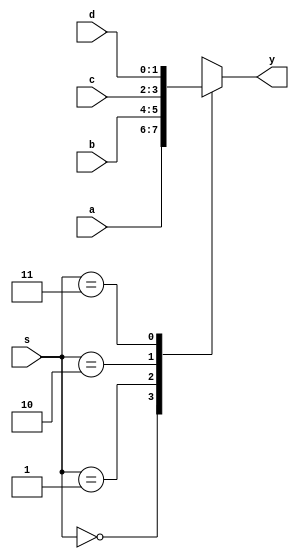
module lab01(a,b,c,d,s,y);
		input [1:0]a;//2
		input [1:0]b;//2
		input [1:0]c;//2
		input [1:0]d;//2
		input	[1:0]s;//2
		output reg[1:0]y;//

		
		always @ (a or b or c or d or s)
		case (s)
		0:y=a;
		1:y=b;
		2:y=c;
		3:y=d;
		default: y=2'b00;
		endcase
		
endmodule